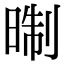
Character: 㫼